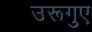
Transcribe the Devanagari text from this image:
उरूगुए